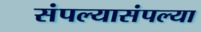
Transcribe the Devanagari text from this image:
संपल्यासंपल्या